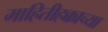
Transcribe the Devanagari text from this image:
माहितीहक्काच्या